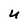
Character: U